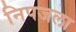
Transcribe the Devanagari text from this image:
निपजला